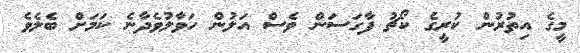
މީގެ އިތުރުން ކުރީގެ ކޯޗު ފާގަސަން ވެސް އަލުން ހަވާލުވެދާނެ ކަމަށް ބެލެވެ